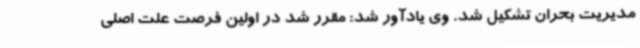
مدیریت بحران تشکیل شد. وی یادآور شد: مقرر شد در اولین فرصت علت اصلی